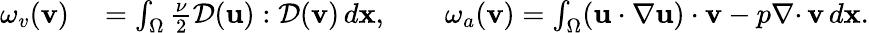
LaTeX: \begin{array}{rl}{\omega_{v}({\mathbf v})}&{{}=\int_{\Omega}\frac{\nu}{2}{\mathcal{D}}({\mathbf u}):{\mathcal{D}}({\mathbf v})\, d{\mathbf x},\qquad\omega_{a}({\mathbf v})=\int_{\Omega}({\mathbf u}\cdot\nabla{\mathbf u})\cdot{\mathbf v}-p{{\nabla\cdot}\, }{\mathbf v}\, d{\mathbf x}.}\end{array}